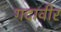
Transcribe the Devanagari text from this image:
गदावीर